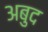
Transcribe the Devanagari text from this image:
अबुद